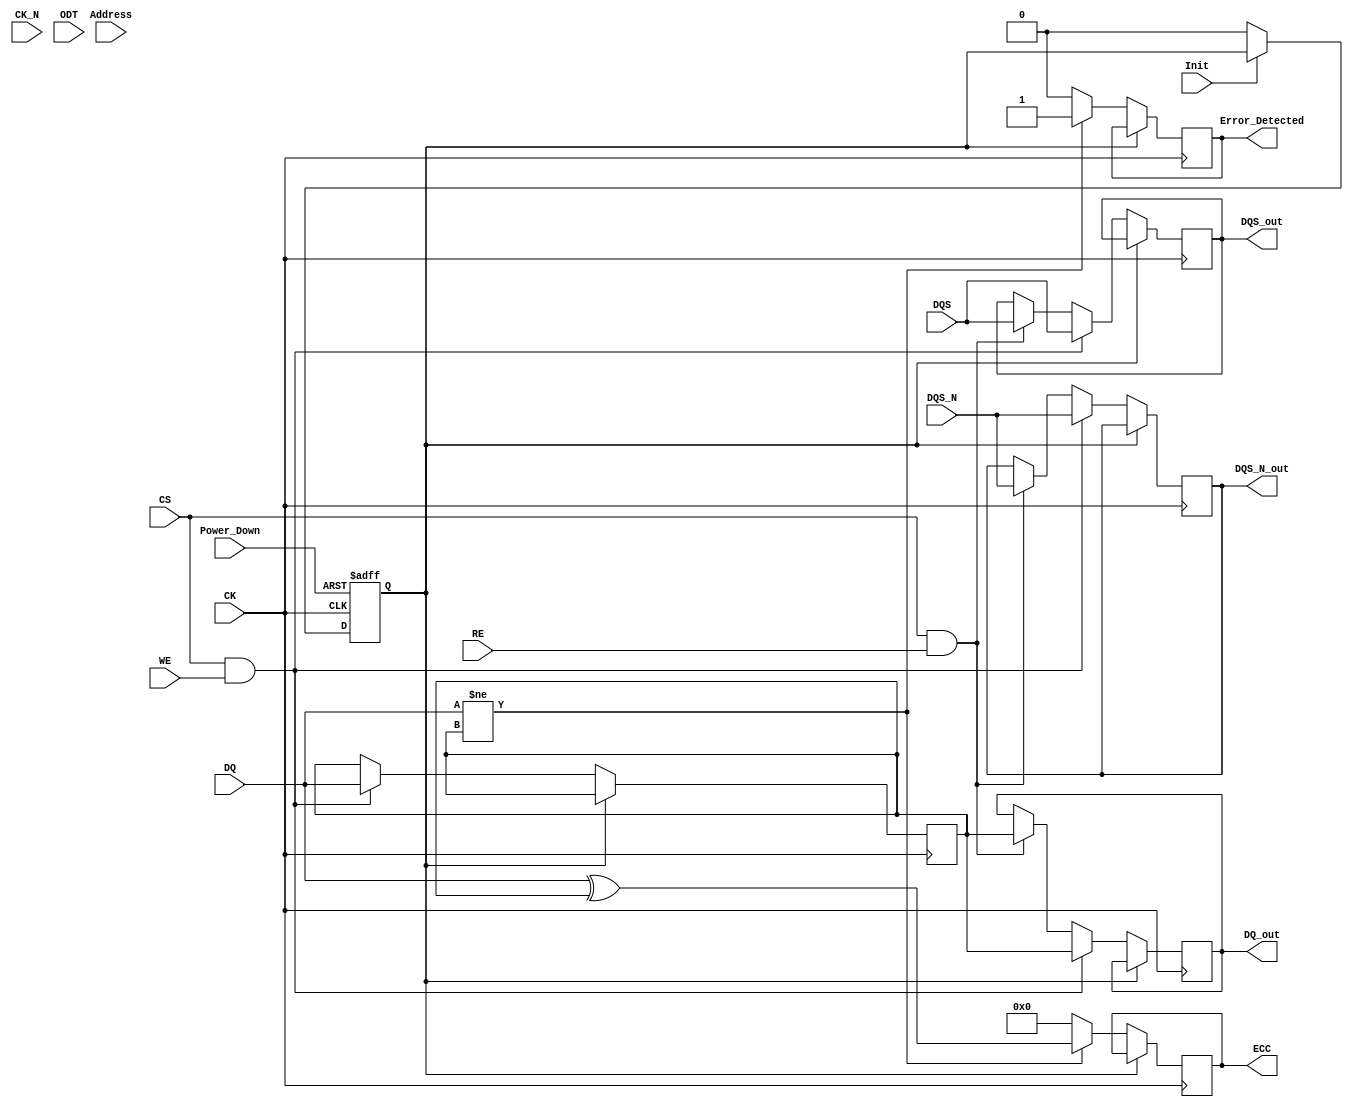
module gddr5x_io_block (
    input wire [31:0] DQ,          // Data pins
    input wire [3:0] DQS,          // Data Strobe pins
    input wire [3:0] DQS_N,        // Inverted Data Strobe pins
    input wire CK,                 // Clock
    input wire CK_N,               // Inverted Clock
    input wire CS,                 // Chip Select
    input wire WE,                 // Write Enable
    input wire RE,                 // Read Enable
    input wire [15:0] Address,     // Address lines
    input wire Init,               // Initialization signal
    input wire Power_Down,         // Power Down signal
    input wire [3:0] ODT,          // On-Die Termination control
    output reg [31:0] DQ_out,      // Data output
    output reg [3:0] DQS_out,      // Data Strobe output
    output reg [3:0] DQS_N_out,    // Inverted Data Strobe output
    output reg Error_Detected,      // Error detection flag
    output reg [31:0] ECC           // Error correction code output
);

// Parameters
parameter SIMULATION_MODE = 1'b0;  // Simulation mode, set to 1 for test
parameter POWER_DOWN_MODE = 1'b1;  // Power down state

// Internal signals
reg [31:0] data_buffer;               // Buffer for data handling
reg [3:0] dqs_delay;                  // Programmable delay elements
reg power_state;                      // Current power state
reg [31:0] error_correction_code;      // ECC storage

// Initial block for configuration and initialization
initial begin
    power_state = ~POWER_DOWN_MODE;  // Assume normal operation initially
    Error_Detected = 0;
    ECC = 0;
end

// Handling power management
always @(posedge CK or negedge Power_Down) begin
    if (!Power_Down) begin
        power_state <= POWER_DOWN_MODE;
    end else if (Init) begin
        // Initialize configuration: Set up timing, clocks, etc.
        // For example: Set up delay based on configuration
        dqs_delay <= 4'd1; // Set delay (example)
    end else begin
        power_state <= ~POWER_DOWN_MODE; // Normal operation
    end
end

// Data Transmission Logic
always @(posedge CK) begin
    if (power_state == ~POWER_DOWN_MODE) begin
        if (CS && WE) begin
            // Write Operation
            data_buffer <= DQ; // Capture data to buffer
            DQ_out <= data_buffer; // Output data
            DQS_out <= DQS;   // Output DQS
            DQS_N_out <= DQS_N; // Output inverted DQS
        end else if (CS && RE) begin
            // Read Operation
            DQ_out <= data_buffer; // Output buffered data
            DQS_out <= DQS;   // Output DQS
            DQS_N_out <= DQS_N; // Output inverted DQS
        end
    end
end

// Error Detection Logic (placeholder for ECC implementation)
always @(posedge CK) begin
    if (power_state == ~POWER_DOWN_MODE) begin
        // Simple error detection (placeholder)
        if (DQ != data_buffer) begin
            Error_Detected <= 1'b1; // Flag error
            // Placeholder for ECC logic
            ECC <= DQ ^ data_buffer; // Simple XOR for demonstration
        end else begin
            Error_Detected <= 1'b0;
            ECC <= 32'b0; // Clear ECC flag on no error
        end
    end
end

endmodule